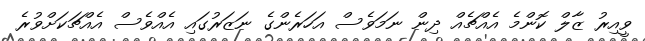
ވީއިރު ޒާލް ކޮންމެ އެއްޗެއް ދިން ނަމަވެސް އަހަރެންގެ ނަޒަރުގައި އެއްވެސް އެއްޗަކަށްވުރެ